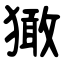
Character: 㺖